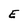
Character: E